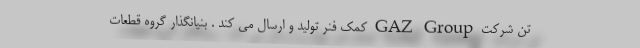
تن شرکت GAZ Group کمک فنر تولید و ارسال می کند . بنیانگذار گروه قطعات